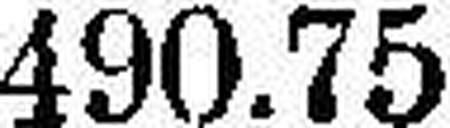
490.75